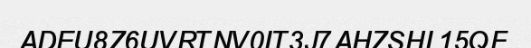
ADEU8Z6UVRTNV0IT3J7AHZSHL15QF